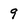
Character: 9